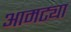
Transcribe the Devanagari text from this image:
आमट्या